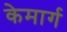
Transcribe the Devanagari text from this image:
केमार्ग